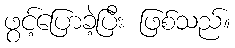
ဖွင့်ပြောခဲ့ပြီး ဖြစ်သည်။